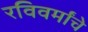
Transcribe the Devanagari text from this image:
रविवर्मांचे